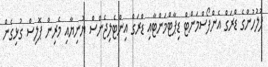
ފުލުހުންގެ ޑްރަގް އެންފޯސްމަންޓް ޑިޕާޓްމަންޓާއި ޑްރަގް އިންޓެލިޖެންސް ޔުނިޔާއި މެރިން ޕޮލިސް ގުޅިގެން